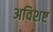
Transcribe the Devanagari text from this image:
अविशष्ट